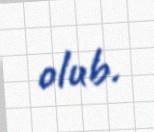
olub.